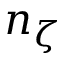
n _ { \zeta }